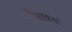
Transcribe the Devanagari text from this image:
लैकावना